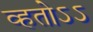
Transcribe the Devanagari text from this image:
व्हतोऽऽ